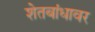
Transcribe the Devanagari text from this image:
शेतबांधावर